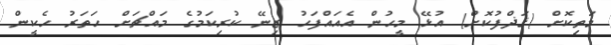
މަތިކޮށް (ޤަޛްފުކޮށް) އުޅޭ މީހުން އެއައްފަހު ޒިނޭ ކުރިކަމުގެ މައްޗަށް ހަތަރު ހެކީން